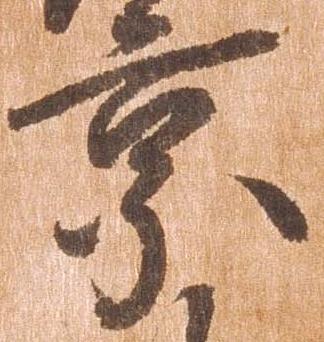
京